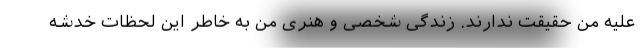
علیه من حقیقت ندارند. زندگی شخصی و هنری من به خاطر این لحظات خدشه